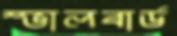
স্ভালবার্ড